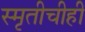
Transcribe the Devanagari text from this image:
स्मृतीचीही